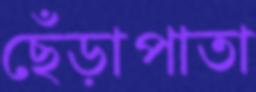
ছেঁড়াপাতা